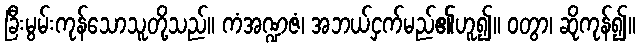
ခြီးမွမ်းကုန်သောသူတို့သည်။ ကံအဏ္ဍဇံ၊ အဘယ်ငှက်မည်၏ဟူ၍။ ဝတွာ၊ ဆိုကုန်၍။